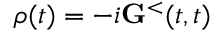
\rho ( t ) = - i { \bf G } ^ { < } ( t , t )